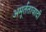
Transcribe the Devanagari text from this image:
अमूर्ततावादी